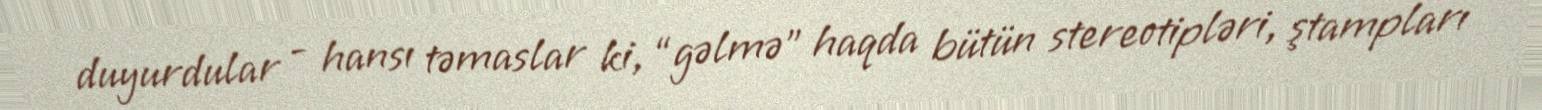
duyurdular - hansı təmaslar ki, “gəlmə” haqda bütün stereotipləri, ştampları